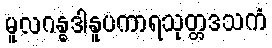
မူလဂန္ဓဒါနူပကာရသုတ္တဒသကံ